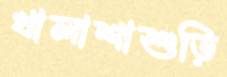
খালাশাশুড়ি